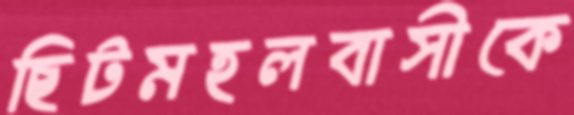
ছিটমহলবাসীকে